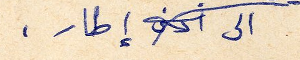
الى اضيق إطار